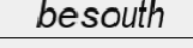
besouth